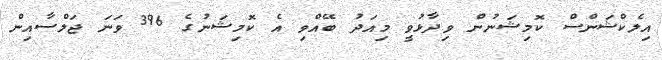
އިލެކްޝަންސް ކޮމިޝަނުން ވިދާޅުވީ މިއަދު ބޭއްވި އެ ކޮމިޝަނުގެ 396 ވަނަ ޖަލްސާއިން